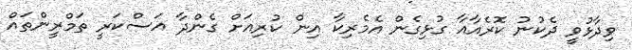
ވިދާޅުވީ ދެކުނު ކޮރެއާއާ ގުޅިގެން އެމެރިކާ އިން ކުރިއަށް ގެންދާ އަސްކަރީ ތަމްރީންތައް